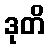
ဒုတိ